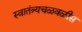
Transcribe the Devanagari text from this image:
स्वातंत्र्यचळवळीस